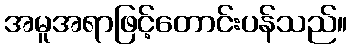
အမူအရာဖြင့်တောင်းပန်သည်။